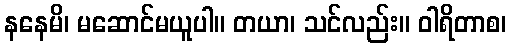
နနေမိ၊ မဆောင်မယူပါ။ တယာ၊ သင်လည်း။ ဝါရိတာစ၊